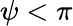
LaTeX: \psi<\pi